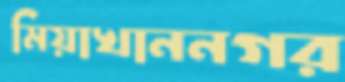
মিয়াখাননগর